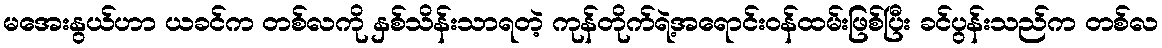
မအေးနွယ်ဟာ ယခင်က တစ်လကို နှစ်သိန်းသာရတဲ့ ကုန်တိုက်ရဲ့အရောင်းဝန်ထမ်းဖြစ်ပြီး ခင်ပွန်းသည်က တစ်လ